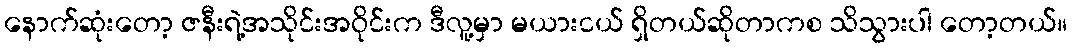
နောက်ဆုံးတော့ ဇနီးရဲ့အသိုင်းအဝိုင်းက ဒီလူ့မှာ မယားငယ် ရှိတယ်ဆိုတာကစ သိသွားပါ တော့တယ်။